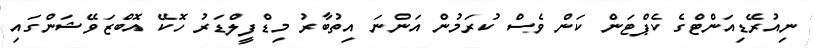
ނިއުރޭޑިއަންޓްގެ ކެޕްޓަން ކަން ވެސް ކުރަމުން އަންނަ އިތުބާރު މިޑްފީލްޑަރު ހޮކޭ އޮބްޒަވޭޝަންގައި